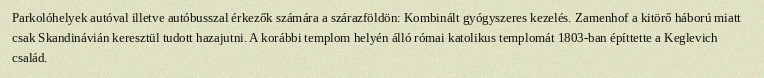
Parkolóhelyek autóval illetve autóbusszal érkezők számára a szárazföldön: Kombinált gyógyszeres kezelés. Zamenhof a kitörő háború miatt csak Skandinávián keresztül tudott hazajutni. A korábbi templom helyén álló római katolikus templomát 1803-ban építtette a Keglevich család.